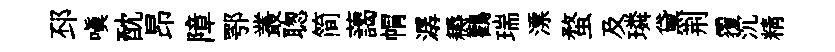
邳嗔酖昂障鄂叢聦简藹㡌潺耨鸛瑞漂蝥及璘黛荆覆沉精